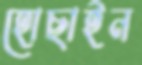
হোছাইন